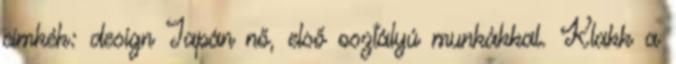
címkék: design Japán nő, első osztályú munkákkal. Klakk a